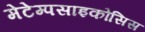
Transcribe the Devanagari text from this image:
मेटेम्पसाइकोसिस